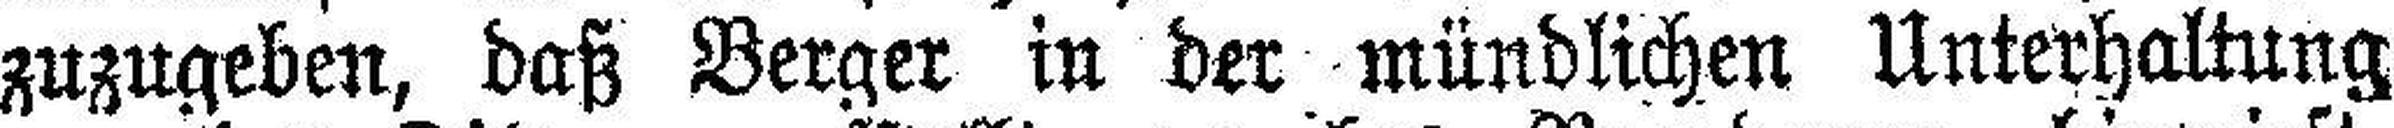
zuzugeben, daß Berger in der mündlichen Unterhaltung